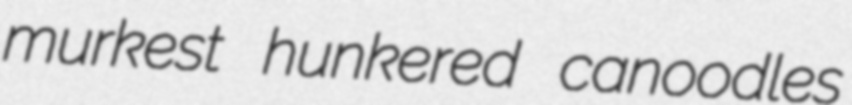
murkest hunkered canoodles